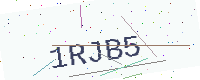
Text: 1RJB5